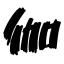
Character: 伽